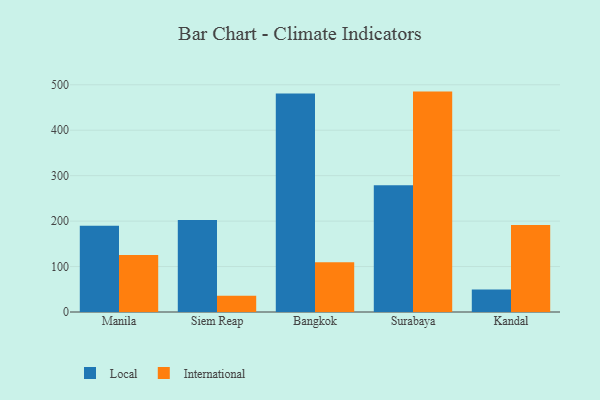
{"axis": {"x": "City", "y": "Satisfaction Score"}, "legend": ["International", "Local"], "data": [{"x": "Manila", "y": 189.8, "type": "Local"}, {"x": "Manila", "y": 125.5, "type": "International"}, {"x": "Siem Reap", "y": 202.6, "type": "Local"}, {"x": "Siem Reap", "y": 35.7, "type": "International"}, {"x": "Bangkok", "y": 480.9, "type": "Local"}, {"x": "Bangkok", "y": 109.7, "type": "International"}, {"x": "Surabaya", "y": 279.0, "type": "Local"}, {"x": "Surabaya", "y": 485.0, "type": "International"}, {"x": "Kandal", "y": 49.3, "type": "Local"}, {"x": "Kandal", "y": 191.2, "type": "International"}]}